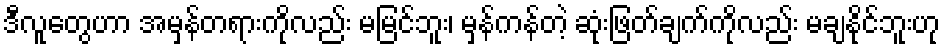
ဒီလူတွေဟာ အမှန်တရားကိုလည်း မမြင်ဘူး၊ မှန်ကန်တဲ့ ဆုံးဖြတ်ချက်ကိုလည်း မချနိုင်ဘူးဟု